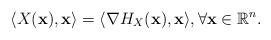
LaTeX: \begin{align*}\langle X(\mathbf{x}),\mathbf{x}\rangle = \langle \nabla H_X (\mathbf{x}),\mathbf{x}\rangle, \forall \mathbf{x}\in\mathbb{R}^n. \end{align*}